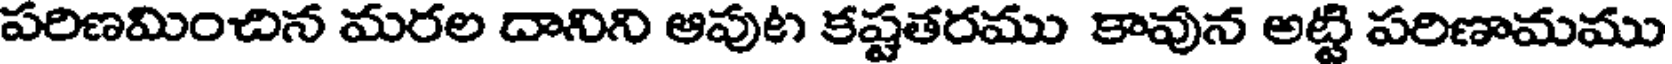
పరిణమించిన మరల దానిని ఆపుట కష్టతరము కావున అట్టి పరిణామము